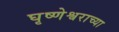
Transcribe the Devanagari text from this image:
घृष्णेश्वराच्या